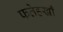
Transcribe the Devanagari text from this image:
फतेहखाँ